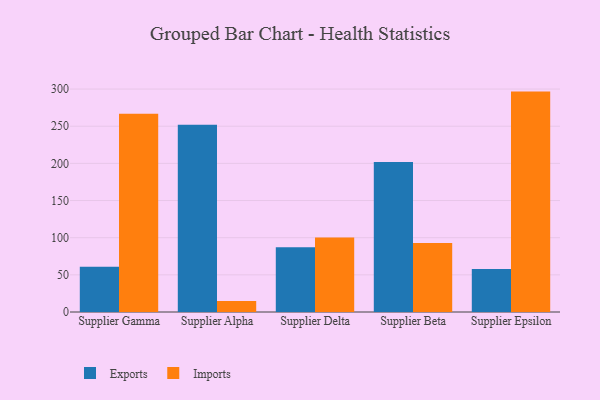
{"axis": {"x": "Supplier", "y": "Conversion Rate (%)"}, "legend": ["Exports", "Imports"], "data": [{"x": "Supplier Gamma", "y": 61.0, "type": "Exports"}, {"x": "Supplier Gamma", "y": 266.8, "type": "Imports"}, {"x": "Supplier Alpha", "y": 252.1, "type": "Exports"}, {"x": "Supplier Alpha", "y": 14.7, "type": "Imports"}, {"x": "Supplier Delta", "y": 87.2, "type": "Exports"}, {"x": "Supplier Delta", "y": 100.4, "type": "Imports"}, {"x": "Supplier Beta", "y": 201.9, "type": "Exports"}, {"x": "Supplier Beta", "y": 92.8, "type": "Imports"}, {"x": "Supplier Epsilon", "y": 57.9, "type": "Exports"}, {"x": "Supplier Epsilon", "y": 296.6, "type": "Imports"}]}